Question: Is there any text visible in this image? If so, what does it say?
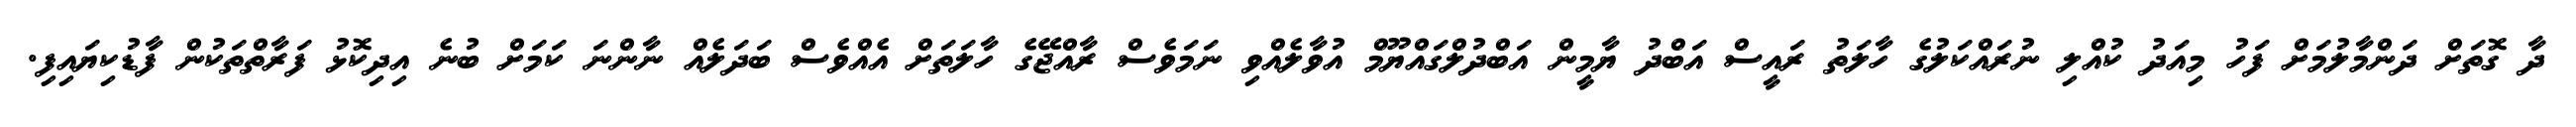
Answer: ދާ ގޮތަށް ދަންމާލުމަށް ފަހު މިއަދު ކުއްލި ނުރައްކަލުގެ ހާލަތު ރައީސް އަބްދު ޔާމީން އަބްދުލްގައްޔޫމް އުވާލެއްވި ނަމަވެސް ރާއްޖޭގެ ހާލަތަށް އެއްވެސް ބަދަލެއް ނާންނަ ކަމަށް ބުނެ އިދިކޮޅު ފަރާތްތަކުން ފާޑުކިޔައިފި.